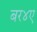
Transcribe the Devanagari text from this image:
बर४ए